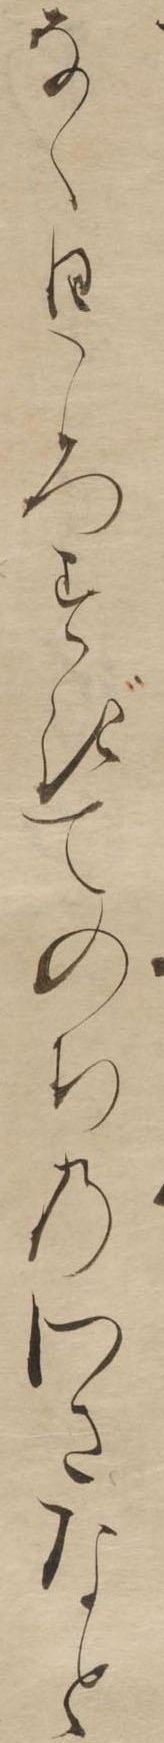
なく日ころすぎてのちのわさなと